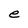
Character: e